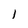
Character: 1